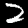
Label: 2